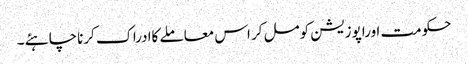
حکومت اوراپوزیشن کومل کر اس معاملے کاادراک کرناچاہئے ۔